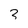
Character: 3